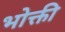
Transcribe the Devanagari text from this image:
भोक्ती